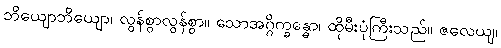
ဘိယျောဘိယျော၊ လွန်စွာလွန်စွာ။ သောအဂ္ဂိက္ခန္ဓော၊ ထိုမီးပုံကြီးသည်။ ဇလေယျ၊